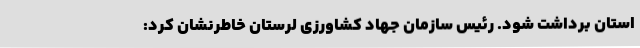
استان برداشت شود. رئیس سازمان جهاد کشاورزی لرستان ‌خاطرنشان کرد: